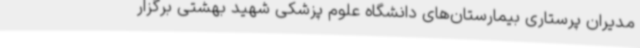
مدیران پرستاری بیمارستان‌های دانشگاه علوم پزشکی شهید بهشتی برگزار